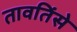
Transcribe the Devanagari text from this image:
तावतिंसे